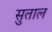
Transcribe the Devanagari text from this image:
सुताल